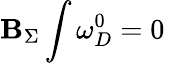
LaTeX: \mathbf{B}_{\Sigma}\int\omega_{D}^{0}=0\;